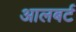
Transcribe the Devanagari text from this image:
आलबर्ट